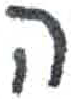
אות: ה